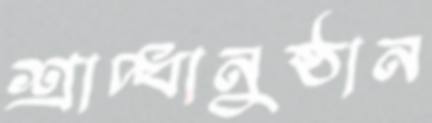
শ্রাদ্ধানুষ্ঠান